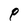
Character: P